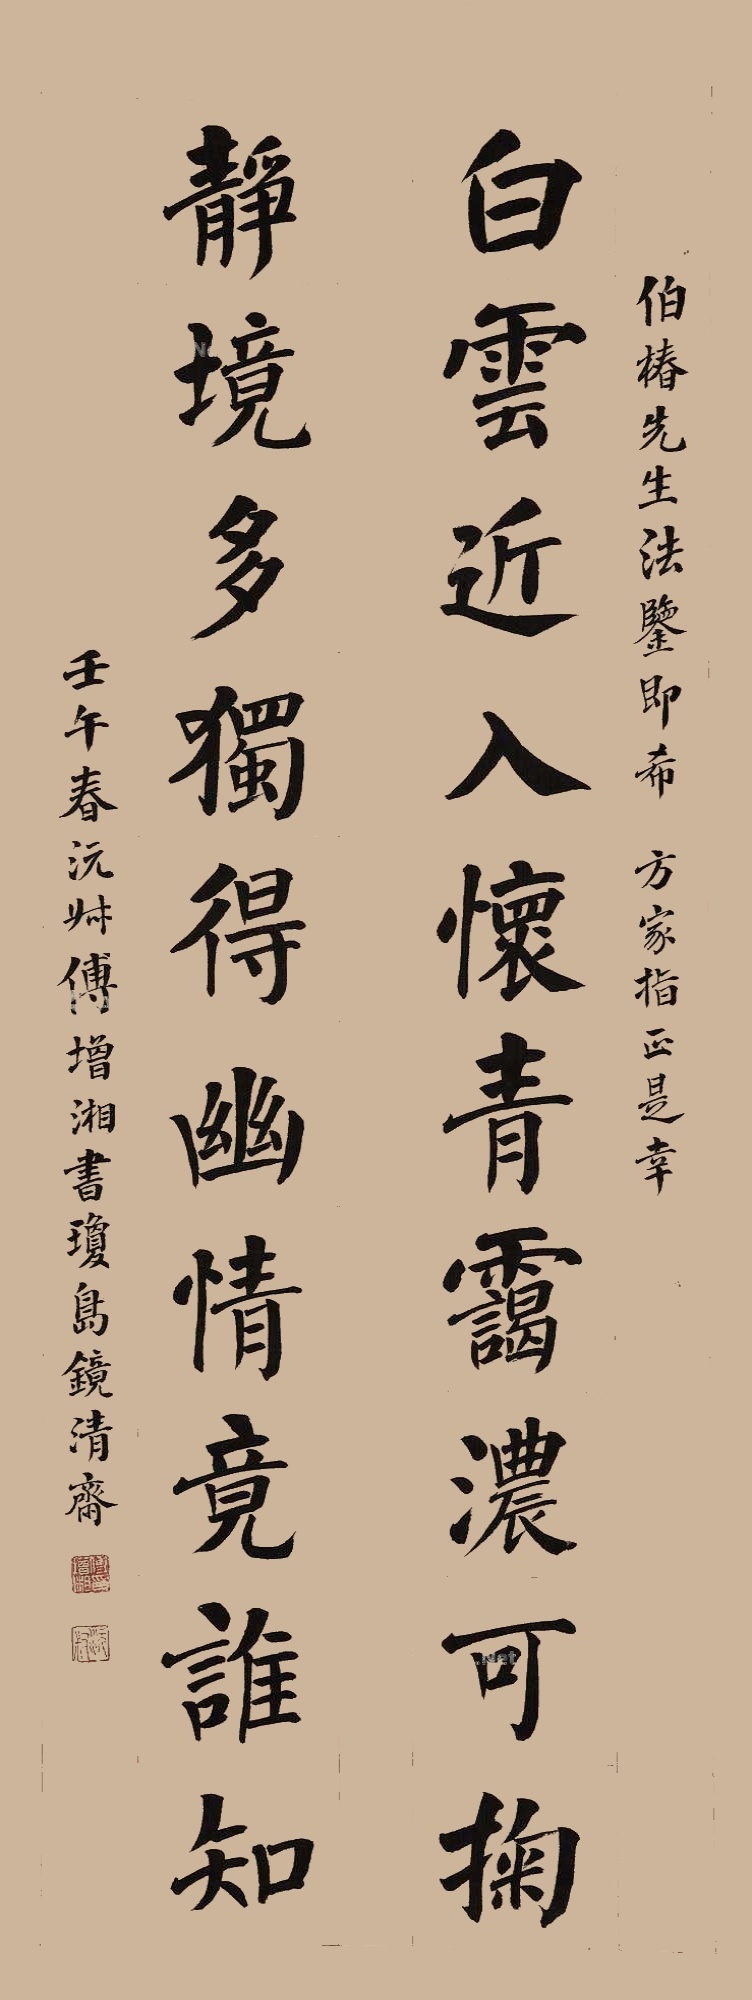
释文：白云近入怀，青霭浓可掬；静境多独得，幽情竟谁知。伯春先生法鉴，即希方家指正是幸，壬午春，沅叔傅增湘书环岛岛镜清斋。